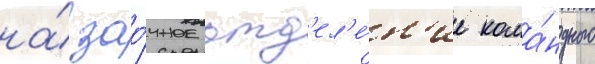
на́ зао́чное отд'ел'е́н'ие кома́ндного